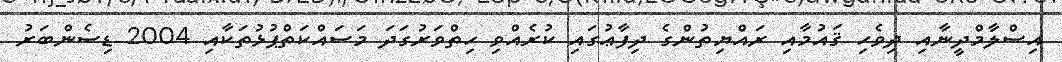
އިސްލާމްދީނާއި ދިވެހި ޤައުމާއި ރައްޔިތުންގެ ދިފާޢުގައި ކުރެއްވި ހިތްވަރުގަދަ މަސައްކަތްޕުޅުތަކާއި 2004 ޑިސެންބަރު